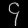
Digit: ၄